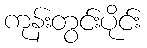
ကုန်းတွင်းပိုင်း